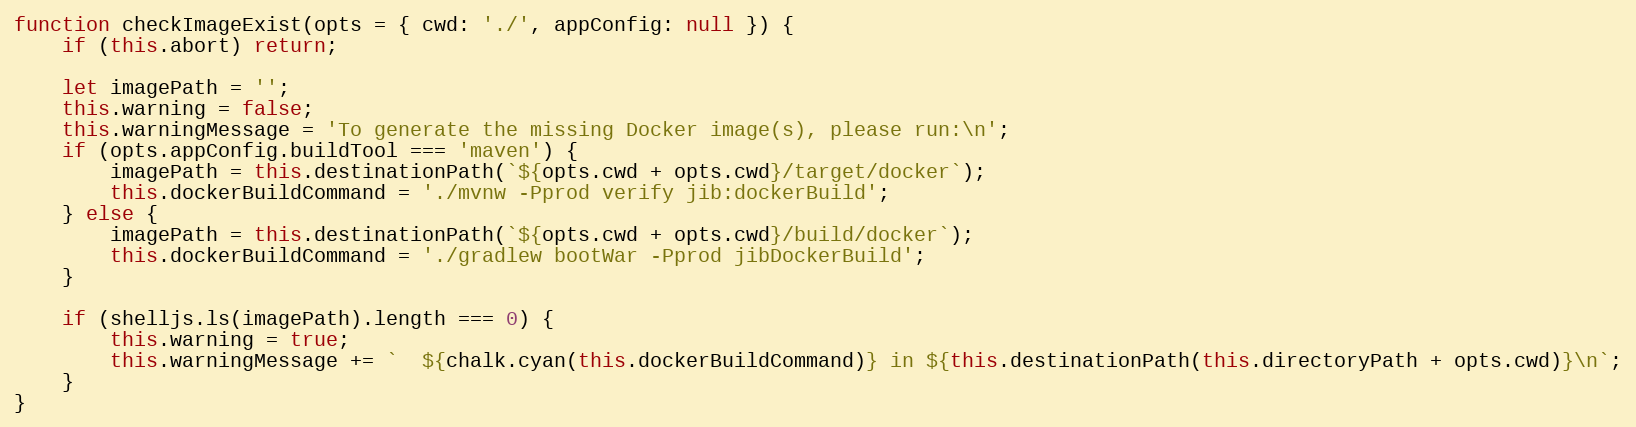
Language: JavaScript
function checkImageExist(opts = { cwd: './', appConfig: null }) {
    if (this.abort) return;

    let imagePath = '';
    this.warning = false;
    this.warningMessage = 'To generate the missing Docker image(s), please run:\n';
    if (opts.appConfig.buildTool === 'maven') {
        imagePath = this.destinationPath(`${opts.cwd + opts.cwd}/target/docker`);
        this.dockerBuildCommand = './mvnw -Pprod verify jib:dockerBuild';
    } else {
        imagePath = this.destinationPath(`${opts.cwd + opts.cwd}/build/docker`);
        this.dockerBuildCommand = './gradlew bootWar -Pprod jibDockerBuild';
    }

    if (shelljs.ls(imagePath).length === 0) {
        this.warning = true;
        this.warningMessage += `  ${chalk.cyan(this.dockerBuildCommand)} in ${this.destinationPath(this.directoryPath + opts.cwd)}\n`;
    }
}